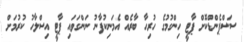
ސަސްޕެންޑްކޮށް ޕާޓީ ހިންގުމުގެ ހުރިހާ ބާރެއް އެމަނިކުފާނު ނަންގަވައި ޕާޓީ އިސްލާހު ކުރުމަށް